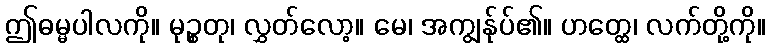
ဤဓမ္မပါလကို။ မုဉ္စတု၊ လွှတ်လော့။ မေ၊ အကျွန်ုပ်၏။ ဟတ္ထေ၊ လက်တို့ကို။